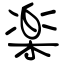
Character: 楽